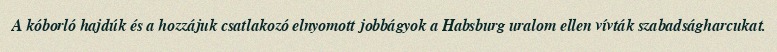
A kóborló hajdúk és a hozzájuk csatlakozó elnyomott jobbágyok a Habsburg uralom ellen vívták szabadságharcukat.